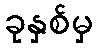
ခုနှစ်မှ